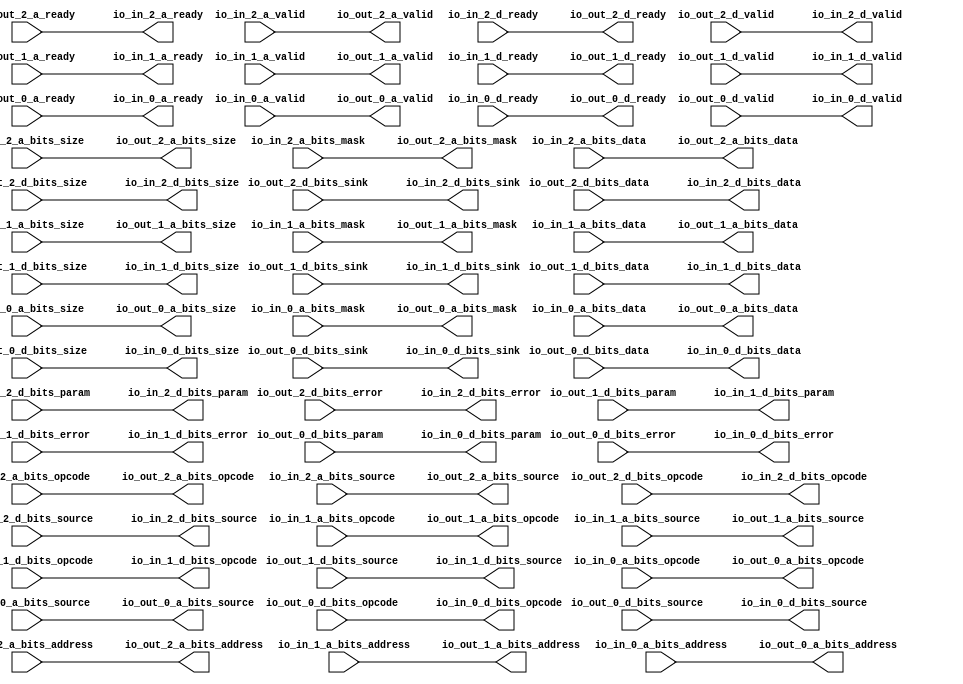
// Copyright (c) 2017, Microsemi Corporation
// All rights reserved.
//
// Redistribution and use in source and binary forms, with or without
// modification, are permitted provided that the following conditions are met:
//     * Redistributions of source code must retain the above copyright
//       notice, this list of conditions and the following disclaimer.
//     * Redistributions in binary form must reproduce the above copyright
//       notice, this list of conditions and the following disclaimer in the
//       documentation and/or other materials provided with the distribution.
//     * Neither the name of the <organization> nor the
//       names of its contributors may be used to endorse or promote products
//       derived from this software without specific prior written permission.
//
// THIS SOFTWARE IS PROVIDED BY THE COPYRIGHT HOLDERS AND CONTRIBUTORS "AS IS" AND
// ANY EXPRESS OR IMPLIED WARRANTIES, INCLUDING, BUT NOT LIMITED TO, THE IMPLIED
// WARRANTIES OF MERCHANTABILITY AND FITNESS FOR A PARTICULAR PURPOSE ARE
// DISCLAIMED. IN NO EVENT SHALL MICROSEMI CORPORATIONM BE LIABLE FOR ANY
// DIRECT, INDIRECT, INCIDENTAL, SPECIAL, EXEMPLARY, OR CONSEQUENTIAL DAMAGES
// (INCLUDING, BUT NOT LIMITED TO, PROCUREMENT OF SUBSTITUTE GOODS OR SERVICES;
// LOSS OF USE, DATA, OR PROFITS; OR BUSINESS INTERRUPTION) HOWEVER CAUSED AND
// ON ANY THEORY OF LIABILITY, WHETHER IN CONTRACT, STRICT LIABILITY, OR TORT
// (INCLUDING NEGLIGENCE OR OTHERWISE) ARISING IN ANY WAY OUT OF THE USE OF THIS
// SOFTWARE, EVEN IF ADVISED OF THE POSSIBILITY OF SUCH DAMAGE.
//
// APACHE LICENSE
// Copyright (c) 2017, Microsemi Corporation 
//
// Licensed under the Apache License, Version 2.0 (the "License");
// you may not use this file except in compliance with the License.
// You may obtain a copy of the License at
//
//    http://www.apache.org/licenses/LICENSE-2.0
//
// Unless required by applicable law or agreed to in writing, software
// distributed under the License is distributed on an "AS IS" BASIS,
// WITHOUT WARRANTIES OR CONDITIONS OF ANY KIND, either express or implied.
// See the License for the specific language governing permissions and
// limitations under the License.
//
// Description:
//
// SVN Revision Information:
// SVN $Revision: $
// SVN $Date: $
//
// Resolved SARs
// SAR      Date     Who   Description
//
// Notes:
//
// ****************************************************************************/
`define RANDOMIZE
`timescale 1ns/10ps
module PROC_SUBSYSTEM_MIV_RV32IMA_L1_AHB_1_MIV_RV32IMA_L1_AHB_TL_BUFFER_3(
  output        io_in_2_a_ready,
  input         io_in_2_a_valid,
  input  [2:0]  io_in_2_a_bits_opcode,
  input  [2:0]  io_in_2_a_bits_size,
  input  [1:0]  io_in_2_a_bits_source,
  input  [11:0] io_in_2_a_bits_address,
  input  [3:0]  io_in_2_a_bits_mask,
  input  [31:0] io_in_2_a_bits_data,
  input         io_in_2_d_ready,
  output        io_in_2_d_valid,
  output [2:0]  io_in_2_d_bits_opcode,
  output [1:0]  io_in_2_d_bits_param,
  output [2:0]  io_in_2_d_bits_size,
  output [1:0]  io_in_2_d_bits_source,
  output        io_in_2_d_bits_sink,
  output [31:0] io_in_2_d_bits_data,
  output        io_in_2_d_bits_error,
  output        io_in_1_a_ready,
  input         io_in_1_a_valid,
  input  [2:0]  io_in_1_a_bits_opcode,
  input  [2:0]  io_in_1_a_bits_size,
  input  [1:0]  io_in_1_a_bits_source,
  input  [30:0] io_in_1_a_bits_address,
  input  [3:0]  io_in_1_a_bits_mask,
  input  [31:0] io_in_1_a_bits_data,
  input         io_in_1_d_ready,
  output        io_in_1_d_valid,
  output [2:0]  io_in_1_d_bits_opcode,
  output [1:0]  io_in_1_d_bits_param,
  output [2:0]  io_in_1_d_bits_size,
  output [1:0]  io_in_1_d_bits_source,
  output        io_in_1_d_bits_sink,
  output [31:0] io_in_1_d_bits_data,
  output        io_in_1_d_bits_error,
  output        io_in_0_a_ready,
  input         io_in_0_a_valid,
  input  [2:0]  io_in_0_a_bits_opcode,
  input  [2:0]  io_in_0_a_bits_size,
  input  [1:0]  io_in_0_a_bits_source,
  input  [30:0] io_in_0_a_bits_address,
  input  [3:0]  io_in_0_a_bits_mask,
  input  [31:0] io_in_0_a_bits_data,
  input         io_in_0_d_ready,
  output        io_in_0_d_valid,
  output [2:0]  io_in_0_d_bits_opcode,
  output [1:0]  io_in_0_d_bits_param,
  output [2:0]  io_in_0_d_bits_size,
  output [1:0]  io_in_0_d_bits_source,
  output        io_in_0_d_bits_sink,
  output [31:0] io_in_0_d_bits_data,
  output        io_in_0_d_bits_error,
  input         io_out_2_a_ready,
  output        io_out_2_a_valid,
  output [2:0]  io_out_2_a_bits_opcode,
  output [2:0]  io_out_2_a_bits_size,
  output [1:0]  io_out_2_a_bits_source,
  output [11:0] io_out_2_a_bits_address,
  output [3:0]  io_out_2_a_bits_mask,
  output [31:0] io_out_2_a_bits_data,
  output        io_out_2_d_ready,
  input         io_out_2_d_valid,
  input  [2:0]  io_out_2_d_bits_opcode,
  input  [1:0]  io_out_2_d_bits_param,
  input  [2:0]  io_out_2_d_bits_size,
  input  [1:0]  io_out_2_d_bits_source,
  input         io_out_2_d_bits_sink,
  input  [31:0] io_out_2_d_bits_data,
  input         io_out_2_d_bits_error,
  input         io_out_1_a_ready,
  output        io_out_1_a_valid,
  output [2:0]  io_out_1_a_bits_opcode,
  output [2:0]  io_out_1_a_bits_size,
  output [1:0]  io_out_1_a_bits_source,
  output [30:0] io_out_1_a_bits_address,
  output [3:0]  io_out_1_a_bits_mask,
  output [31:0] io_out_1_a_bits_data,
  output        io_out_1_d_ready,
  input         io_out_1_d_valid,
  input  [2:0]  io_out_1_d_bits_opcode,
  input  [1:0]  io_out_1_d_bits_param,
  input  [2:0]  io_out_1_d_bits_size,
  input  [1:0]  io_out_1_d_bits_source,
  input         io_out_1_d_bits_sink,
  input  [31:0] io_out_1_d_bits_data,
  input         io_out_1_d_bits_error,
  input         io_out_0_a_ready,
  output        io_out_0_a_valid,
  output [2:0]  io_out_0_a_bits_opcode,
  output [2:0]  io_out_0_a_bits_size,
  output [1:0]  io_out_0_a_bits_source,
  output [30:0] io_out_0_a_bits_address,
  output [3:0]  io_out_0_a_bits_mask,
  output [31:0] io_out_0_a_bits_data,
  output        io_out_0_d_ready,
  input         io_out_0_d_valid,
  input  [2:0]  io_out_0_d_bits_opcode,
  input  [1:0]  io_out_0_d_bits_param,
  input  [2:0]  io_out_0_d_bits_size,
  input  [1:0]  io_out_0_d_bits_source,
  input         io_out_0_d_bits_sink,
  input  [31:0] io_out_0_d_bits_data,
  input         io_out_0_d_bits_error
);
  assign io_in_2_a_ready = io_out_2_a_ready;
  assign io_in_2_d_valid = io_out_2_d_valid;
  assign io_in_2_d_bits_opcode = io_out_2_d_bits_opcode;
  assign io_in_2_d_bits_param = io_out_2_d_bits_param;
  assign io_in_2_d_bits_size = io_out_2_d_bits_size;
  assign io_in_2_d_bits_source = io_out_2_d_bits_source;
  assign io_in_2_d_bits_sink = io_out_2_d_bits_sink;
  assign io_in_2_d_bits_data = io_out_2_d_bits_data;
  assign io_in_2_d_bits_error = io_out_2_d_bits_error;
  assign io_in_1_a_ready = io_out_1_a_ready;
  assign io_in_1_d_valid = io_out_1_d_valid;
  assign io_in_1_d_bits_opcode = io_out_1_d_bits_opcode;
  assign io_in_1_d_bits_param = io_out_1_d_bits_param;
  assign io_in_1_d_bits_size = io_out_1_d_bits_size;
  assign io_in_1_d_bits_source = io_out_1_d_bits_source;
  assign io_in_1_d_bits_sink = io_out_1_d_bits_sink;
  assign io_in_1_d_bits_data = io_out_1_d_bits_data;
  assign io_in_1_d_bits_error = io_out_1_d_bits_error;
  assign io_in_0_a_ready = io_out_0_a_ready;
  assign io_in_0_d_valid = io_out_0_d_valid;
  assign io_in_0_d_bits_opcode = io_out_0_d_bits_opcode;
  assign io_in_0_d_bits_param = io_out_0_d_bits_param;
  assign io_in_0_d_bits_size = io_out_0_d_bits_size;
  assign io_in_0_d_bits_source = io_out_0_d_bits_source;
  assign io_in_0_d_bits_sink = io_out_0_d_bits_sink;
  assign io_in_0_d_bits_data = io_out_0_d_bits_data;
  assign io_in_0_d_bits_error = io_out_0_d_bits_error;
  assign io_out_2_a_valid = io_in_2_a_valid;
  assign io_out_2_a_bits_opcode = io_in_2_a_bits_opcode;
  assign io_out_2_a_bits_size = io_in_2_a_bits_size;
  assign io_out_2_a_bits_source = io_in_2_a_bits_source;
  assign io_out_2_a_bits_address = io_in_2_a_bits_address;
  assign io_out_2_a_bits_mask = io_in_2_a_bits_mask;
  assign io_out_2_a_bits_data = io_in_2_a_bits_data;
  assign io_out_2_d_ready = io_in_2_d_ready;
  assign io_out_1_a_valid = io_in_1_a_valid;
  assign io_out_1_a_bits_opcode = io_in_1_a_bits_opcode;
  assign io_out_1_a_bits_size = io_in_1_a_bits_size;
  assign io_out_1_a_bits_source = io_in_1_a_bits_source;
  assign io_out_1_a_bits_address = io_in_1_a_bits_address;
  assign io_out_1_a_bits_mask = io_in_1_a_bits_mask;
  assign io_out_1_a_bits_data = io_in_1_a_bits_data;
  assign io_out_1_d_ready = io_in_1_d_ready;
  assign io_out_0_a_valid = io_in_0_a_valid;
  assign io_out_0_a_bits_opcode = io_in_0_a_bits_opcode;
  assign io_out_0_a_bits_size = io_in_0_a_bits_size;
  assign io_out_0_a_bits_source = io_in_0_a_bits_source;
  assign io_out_0_a_bits_address = io_in_0_a_bits_address;
  assign io_out_0_a_bits_mask = io_in_0_a_bits_mask;
  assign io_out_0_a_bits_data = io_in_0_a_bits_data;
  assign io_out_0_d_ready = io_in_0_d_ready;
endmodule